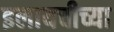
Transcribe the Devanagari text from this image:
इलायचीच्या